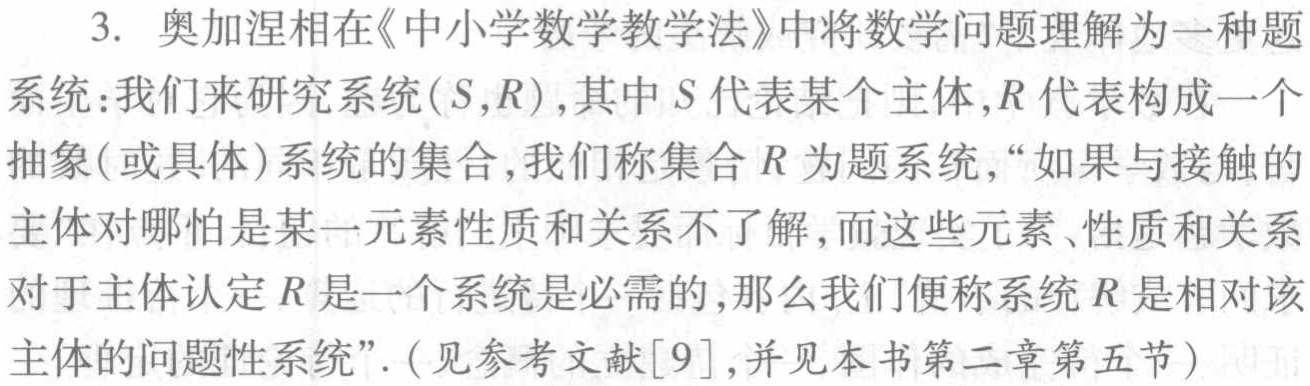
3. 奥加涅相在《中小学数学教学法》中将数学问题理解为一种题

系统：我们来研究系统\((S,R)\)，其中\(S\)代表某个主体，\(R\)代表构成一个

抽象(或具体)系统的集合，我们称集合\(R\)为题系统，“如果与接触的

主体对哪怕是某一元素性质和关系不了解，而这些元素、性质和关系

对于主体认定\(R\)是一个系统是必需的，那么我们便称系统\(R\)是相对该

主体的问题性系统”. (见参考文献[9]，并见本书第二章第五节)